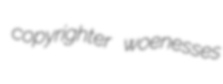
copyrighter woenesses